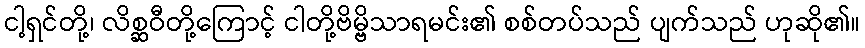
ငါ့ရှင်တို့၊ လိစ္ဆဝီတို့ကြောင့် ငါတို့ဗိမ္ဗိသာရမင်း၏ စစ်တပ်သည် ပျက်သည် ဟုဆို၏။